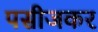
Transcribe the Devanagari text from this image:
पसीजकर